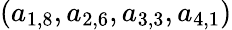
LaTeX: (a_{1,8},a_{2,6},a_{3,3},a_{4,1})